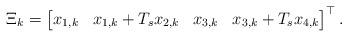
LaTeX: \begin{align*}\Xi_k = \begin{bmatrix}x_{1,k} & x_{1,k}+T_sx_{2,k} & x_{3,k} & x_{3,k} + T_sx_{4,k}\end{bmatrix}^\top.\end{align*}